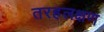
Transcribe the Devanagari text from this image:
तरहलक्षण